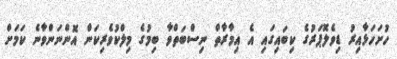
ހުށަހަޅާއިރު ޑިވެލޮޕަރުގެ ކިބައިގައި އެ އިމާރާތް ނިސްބަތްވާ ބިމުގެ މިލްކުވެރިކަން އޮންނަންވާނެ ކަމަށް